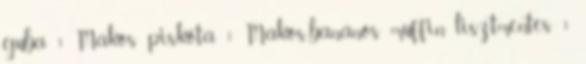
guba 1 Mákos piskóta 1 Mákos-banános muffin lisztmentes 1